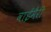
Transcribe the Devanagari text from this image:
वाईमैरी